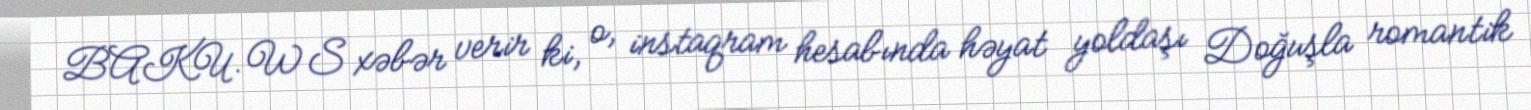
BAKU.WS xəbər verir ki, o, instaqram hesabında həyat yoldaşı Doğuşla romantik